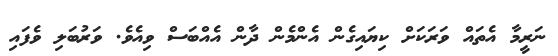
ނަރީމާ އެތައް ވަރަކަށް ކިޔައިގެން އެންމެން ދާން އެއްބަސް ވިއެވެ. ވަރުބަލި ވެފައި